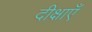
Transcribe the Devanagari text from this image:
दीक्षाएँ